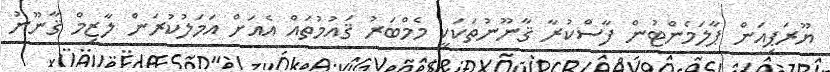
ޔޫރަޕިއަން ޕާލަމެންޓުން ފާސްކުރާ ޤާނޫނުތަކަކީ މެމްބަރު ޤައުމުތައް އެއަށް އަމަލުކުރަން ލާޒިމް ޤާނޫނު